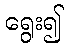
ရွေး၍